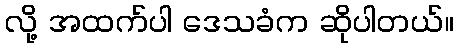
လို့ အထက်ပါ ဒေသခံက ဆိုပါတယ်။